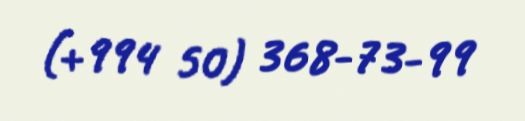
(+994 50) 368-73-99